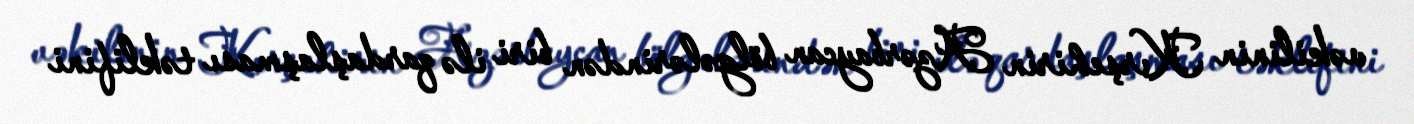
vəkilinin Kırşehirin Azərbaycan bölgələrindən biri ilə qardaşlaşması təklifini